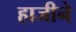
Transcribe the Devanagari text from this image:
हाजीने